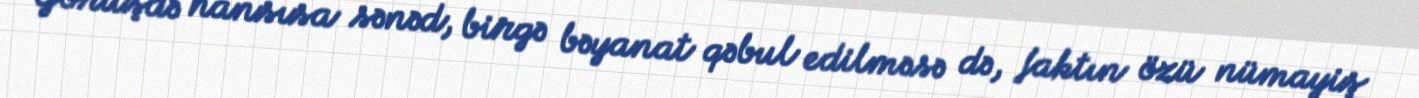
Görüşdə hansısa sənəd, birgə bəyanat qəbul edilməsə də, faktın özü nümayiş